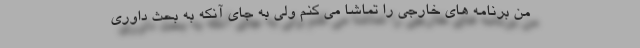
من برنامه های خارجی را تماشا می کنم ولی به جای آنکه به بحث داوری